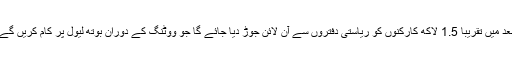
بعد میں تقریباً 1.5 لاکھ کارکنوں کو ریاستی دفتروں سے آن لائن جوڑ دیا جائے گا جو ووٹنگ کے دوران بوتھ لیول پر کام کریں گے۔